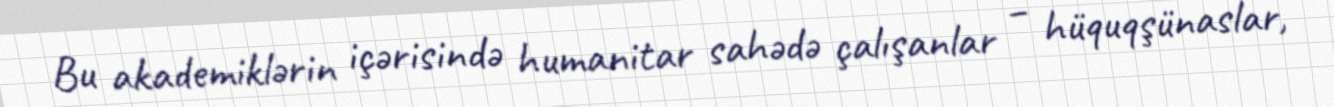
Bu akademiklərin içərisində humanitar sahədə çalışanlar – hüquqşünaslar,